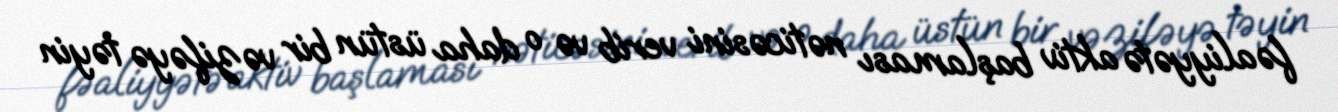
fəaliyyətə aktiv başlaması nəticəsini verib və o daha üstün bir vəzifəyə təyin